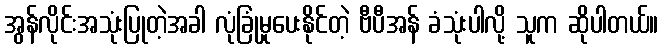
အွန်လိုင်းအသုံးပြုတဲ့အခါ လုံခြုံမှုပေးနိုင်တဲ့ ဗီပီအန် ခံသုံးပါလို့ သူက ဆိုပါတယ်။